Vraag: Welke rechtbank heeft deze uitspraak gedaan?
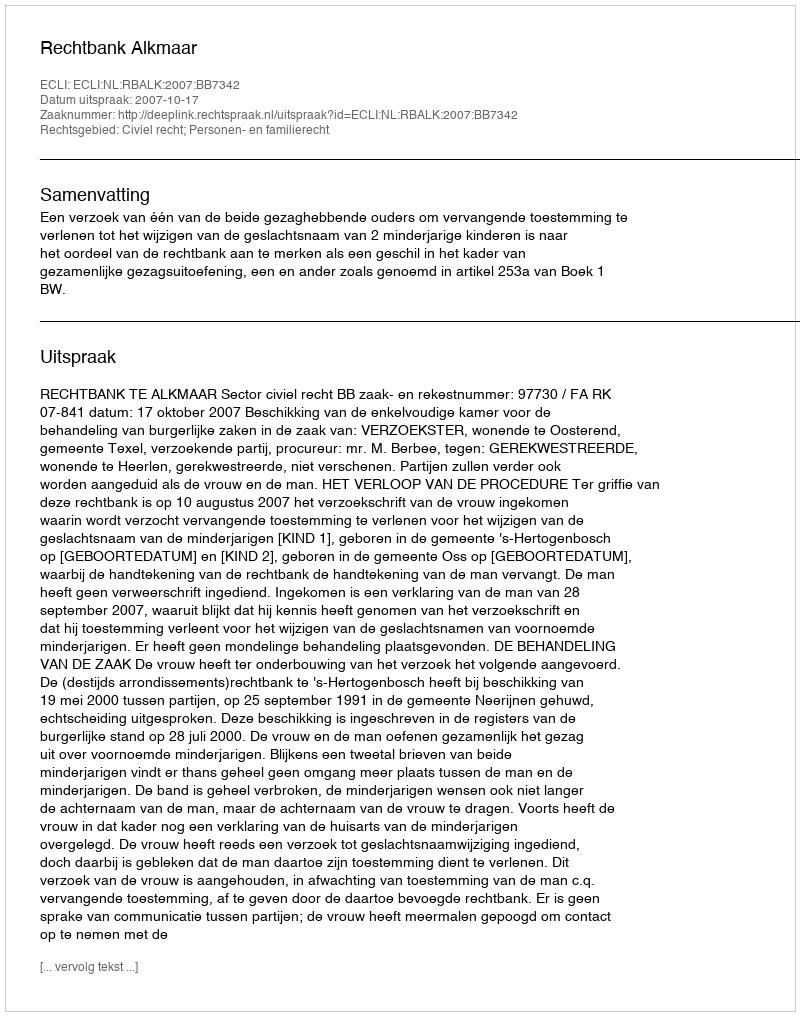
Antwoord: Rechtbank Alkmaar